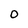
Character: O